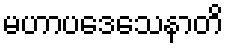
မဟာပဒေသေနာတိ